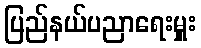
ပြည်နယ်ပညာရေးမှူး